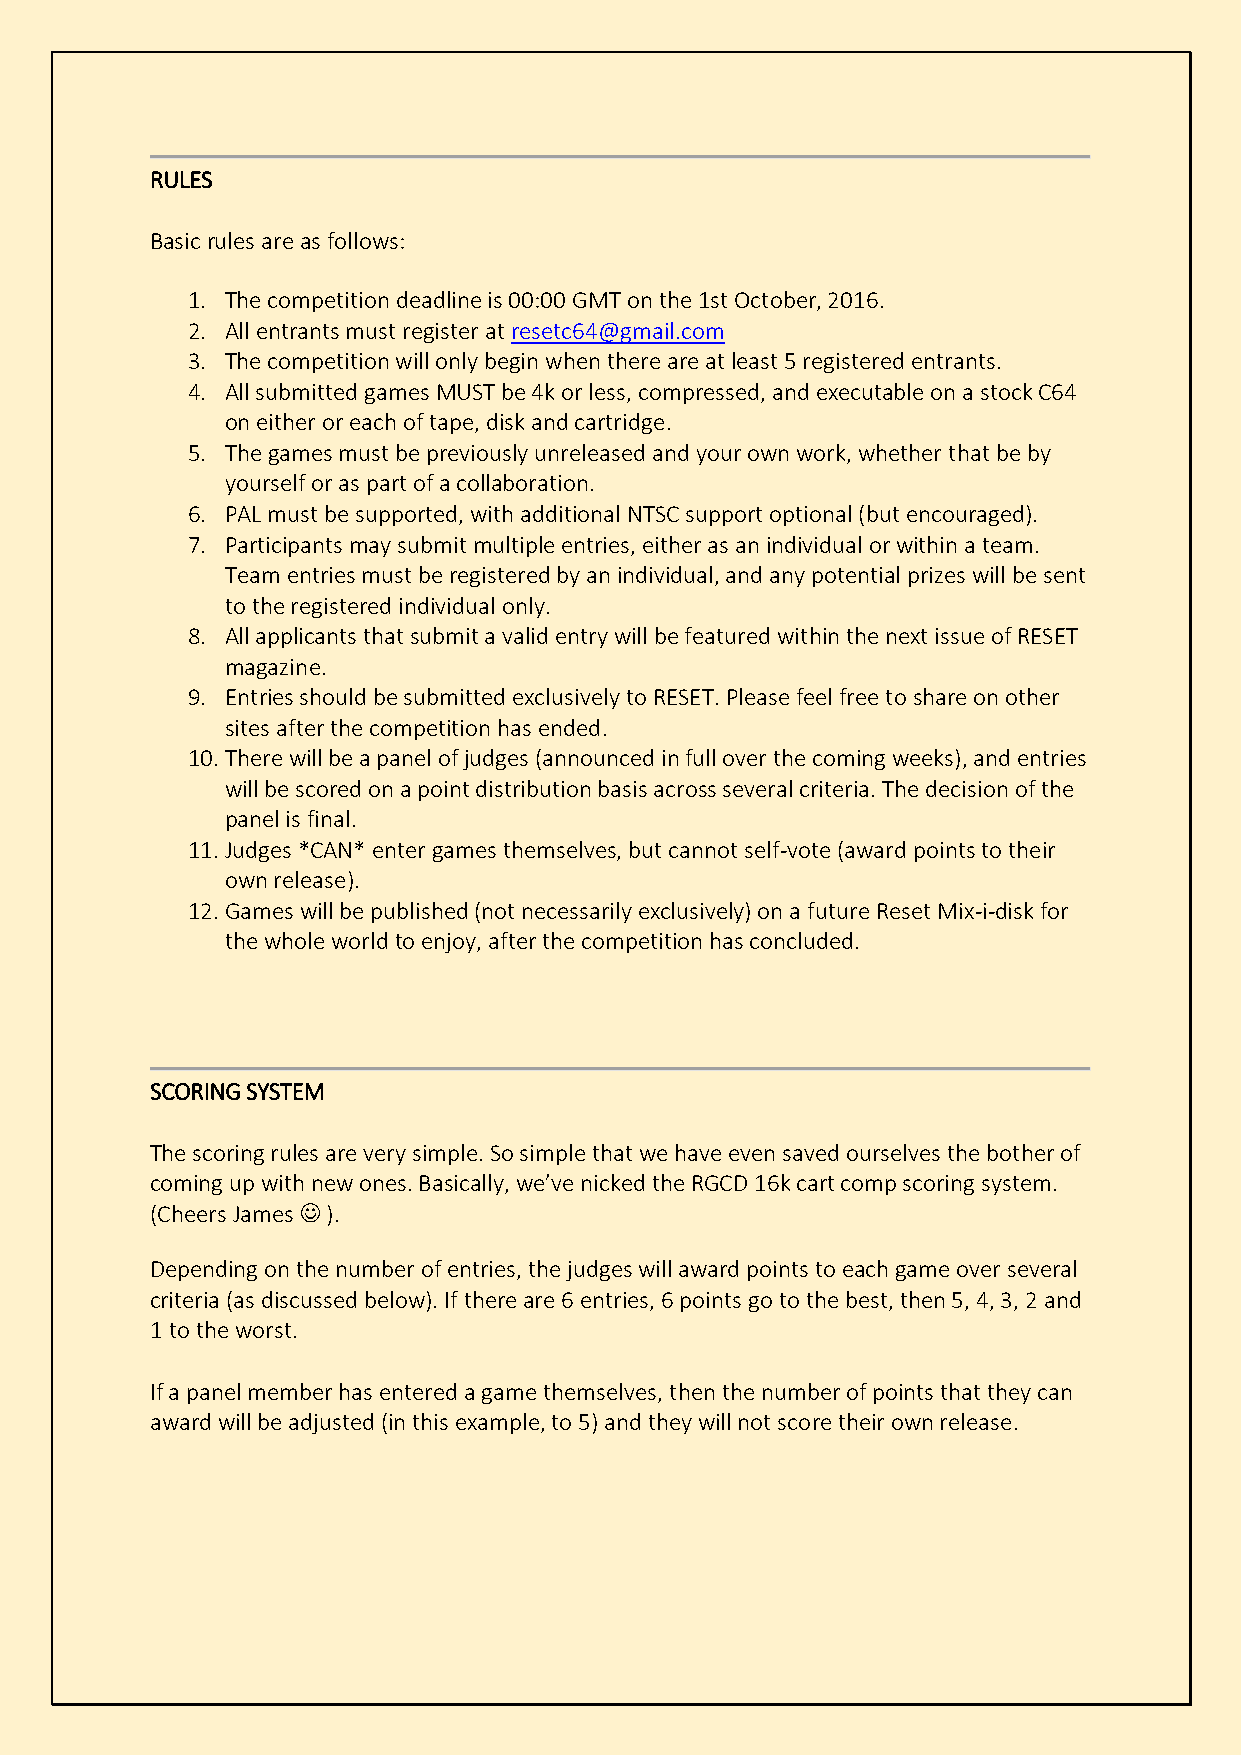
RULES
 Basic rules are as follows:
 1. The competition deadline is 00:00 GMT on the 1st October, 2016.
 2. All entrants must register at resetc64@gmail.com
 3. The competition will only begin when there are at least 5 registered entrants.
 4. All submitted games MUST be 4k or less, compressed, and executable on a stock C64
 on either or each of tape, disk and cartridge.
 5. The games must be previously unreleased and your own work, whether that be by
 yourself or as part of a collaboration.
 6. PAL must be supported, with additional NTSC support optional (but encouraged).
 7. Participants may submit multiple entries, either as an individual or within a team.
 Team entries must be registered by an individual, and any potential prizes will be sent
 to the registered individual only.
 8. All applicants that submit a valid entry will be featured within the next issue of RESET
 magazine.
 9. Entries should be submitted exclusively to RESET. Please feel free to share on other
 sites after the competition has ended.
 10. There will be a panel of judges (announced in full over the coming weeks), and entries
 will be scored on a point distribution basis across several criteria. The decision of the
 panel is final.
 11. Judges *CAN* enter games themselves, but cannot self-vote (award points to their
 own release).
 12. Games will be published (not necessarily exclusively) on a future Reset Mix-i-disk for
 the whole world to enjoy, after the competition has concluded.
 SCORING SYSTEM
 The scoring rules are very simple. So simple that we have even saved ourselves the bother of
 coming up with new ones. Basically, we’ve nicked the RGCD 16k cart comp scoring system.
 (Cheers James  ).
 Depending on the number of entries, the judges will award points to each game over several
 criteria (as discussed below). If there are 6 entries, 6 points go to the best, then 5, 4, 3, 2 and
 1 to the worst.
 If a panel member has entered a game themselves, then the number of points that they can
 award will be adjusted (in this example, to 5) and they will not score their own release.